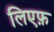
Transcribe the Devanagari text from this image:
लिएफ़